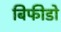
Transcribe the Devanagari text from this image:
बिफीडो